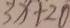
3 x + 2 0